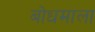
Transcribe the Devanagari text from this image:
बोधमाला